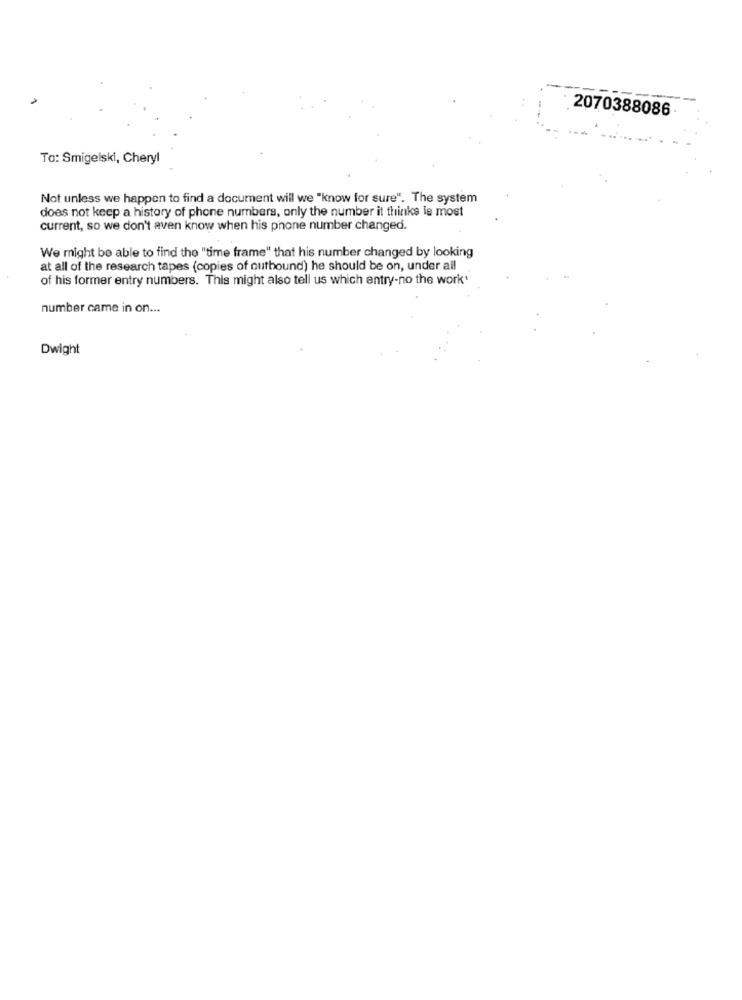
--
2070388086
To: Smigelski, Cheryl
Not unless we happen to find a document will we "know for sure". The system
does not keep a history of phone numbers, only the number it thinks le most
current, so we don't aven know when his phone number changed.
We might be able to find the "time frame" that his number changed by looking
at all of the research tapes (copies of outbound) he should be on, under all
of his former entry numbers. This might also tell us which entry-no the work'
number came in on ...
Dwight